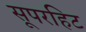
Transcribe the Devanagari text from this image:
सूपरहिट